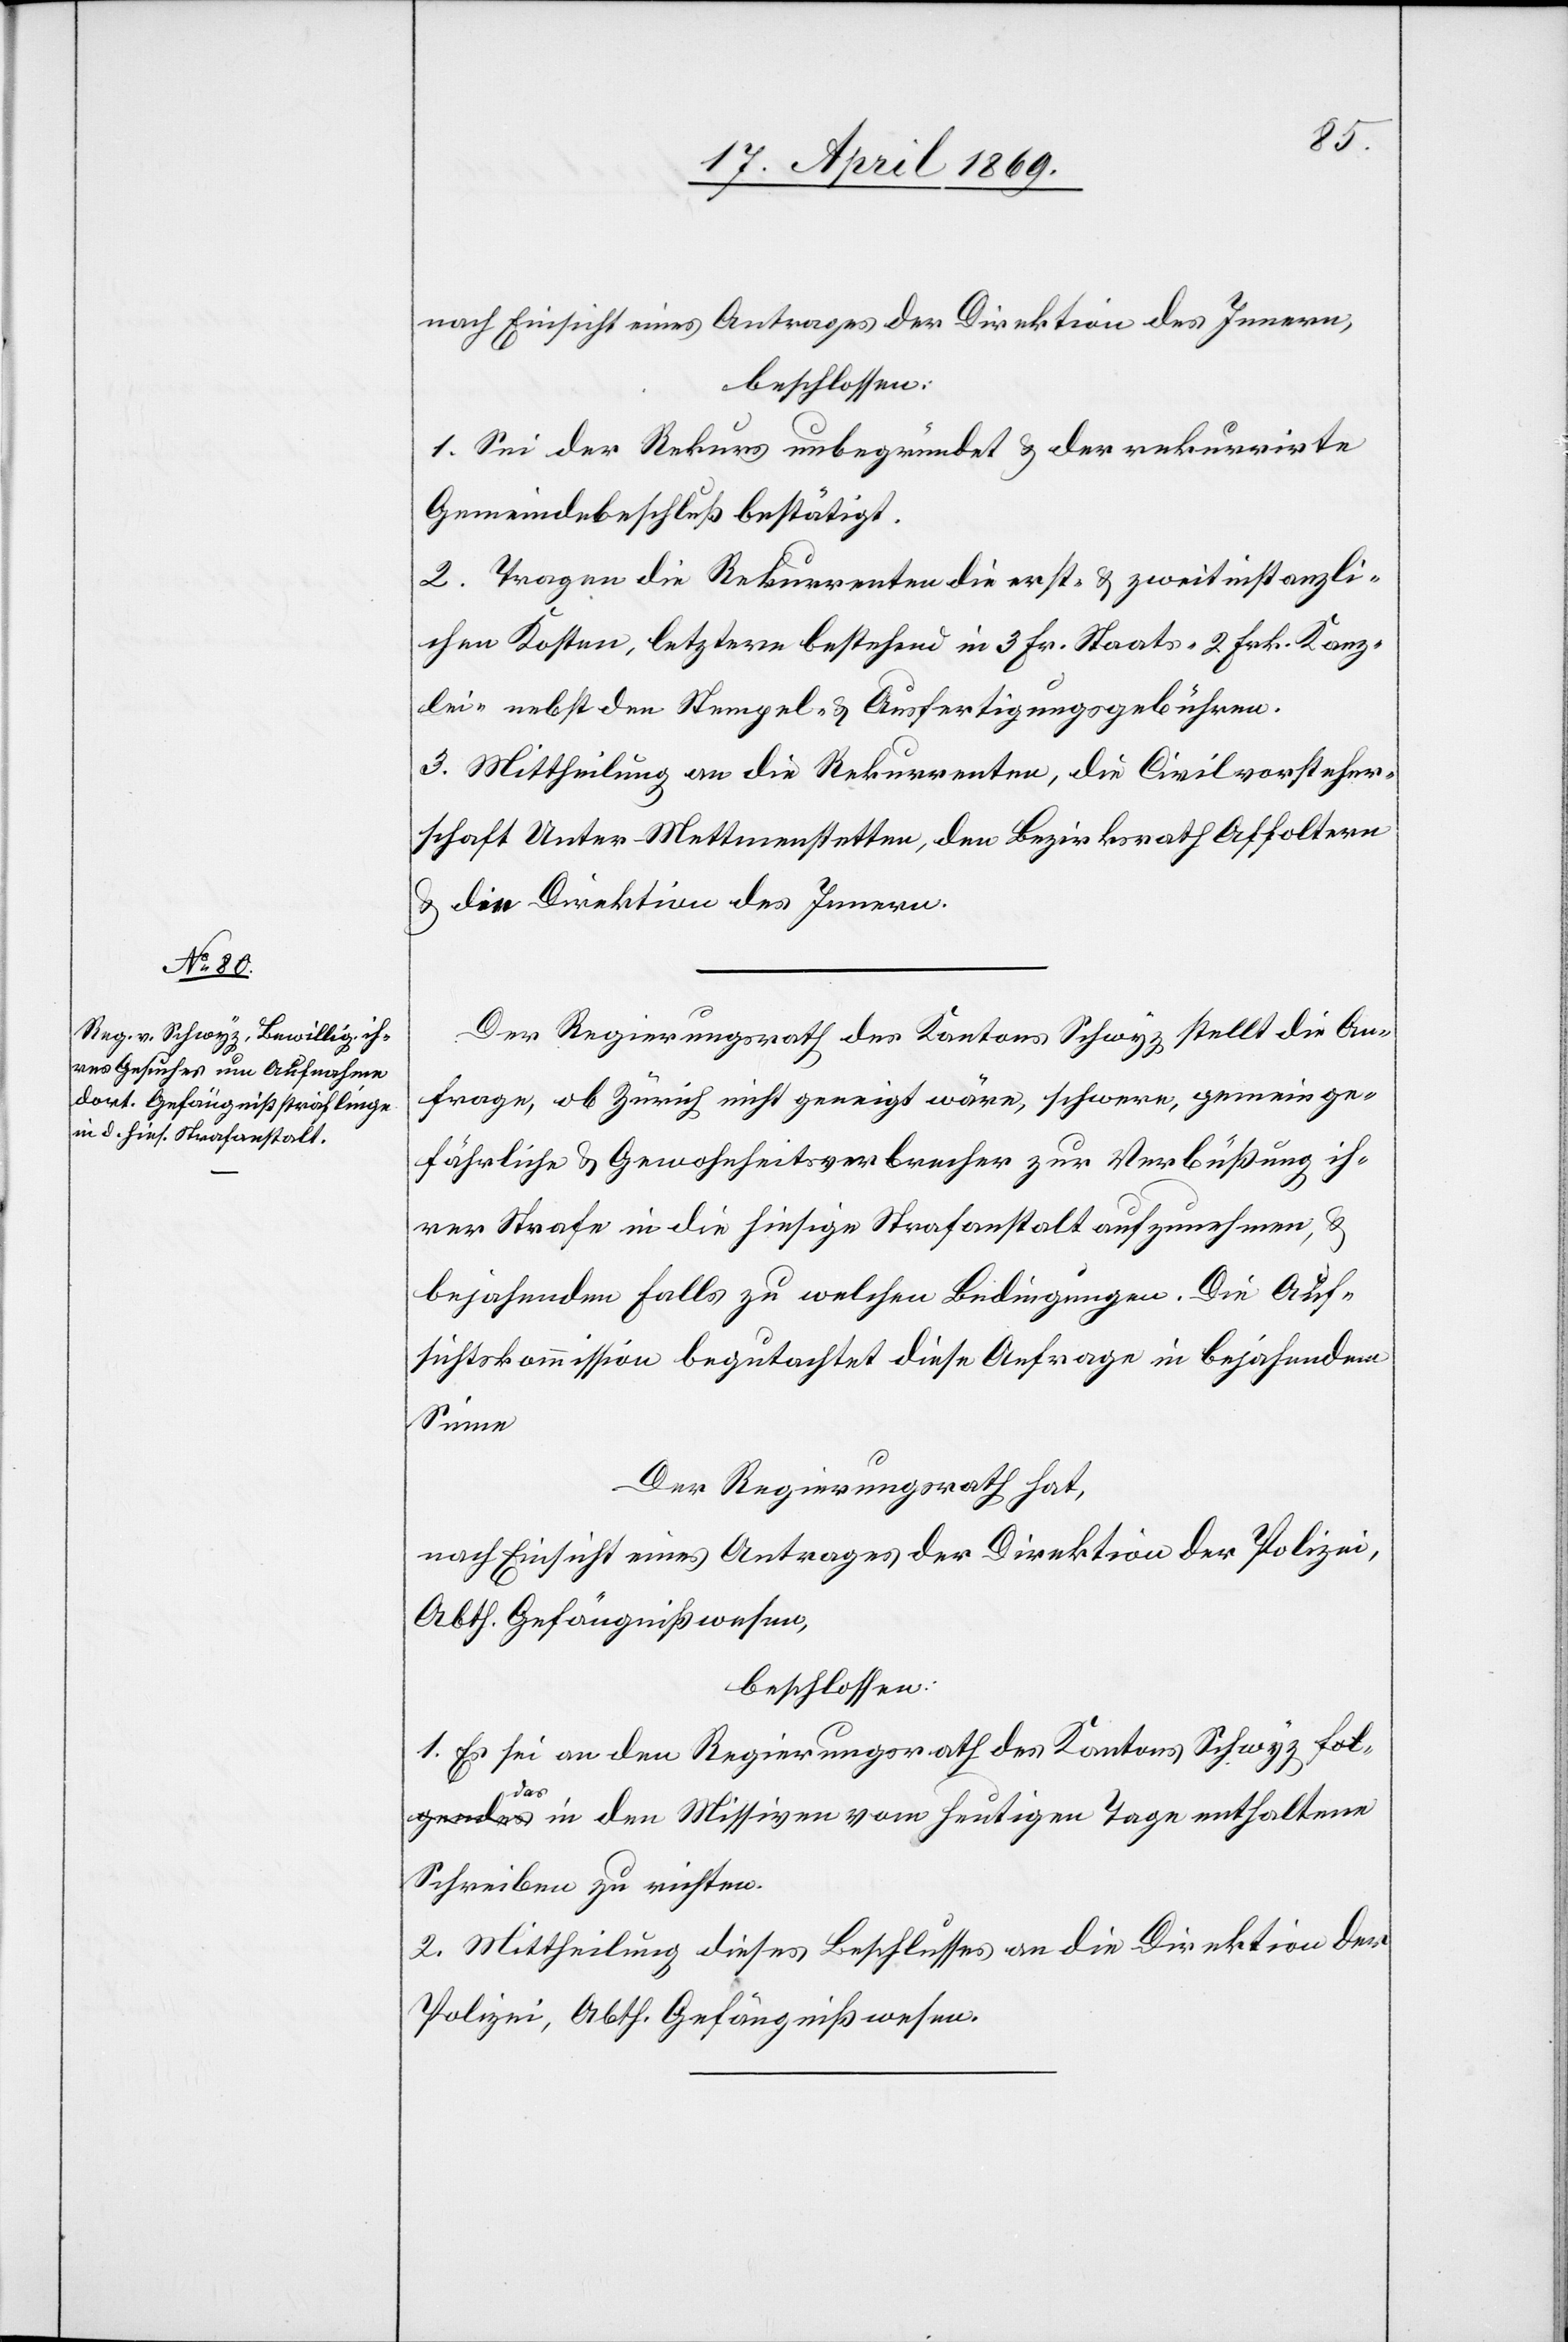
nach Einsicht eines Antrages der Direktion des Innern,
beschlossen:
1. Sei der Rekurs unbegründet u. der rekurrirte
Gemeindebeschluß bestätigt.
2. Tragen die Rekurrenten die erst- u. zweitinstanzli¬
chen Kosten, letztere bestehend in 3 Fr. Staats-[,] 2 Frk. Kanz¬
lei- nebst den Stempel- u. Ausfertigungsgebühren.
3. Mittheilung an die Rekurrenten, die Civilvorsteher¬
schaft Unter-Mettmenstetten, den Bezirksrath Affoltern
u. die Direktion des Innern.
Der Regierungsrath des Kantons Schwyz, stellt die An¬
frage, ob Zürich nicht geneigt wäre, schwere, gemeinge¬
fährliche u. Gewohnheitsverbrecher zur Verbüßung ih¬
rer Strafe in die hiesige Strafanstalt aufzunehmen, u.
bejahenden Falls zu welchen Bedingungen. Die Auf¬
sichtskommission begutachtet diese Anfrage in bejahendem
Sinne
Der Regierungsrath hat,
nach Einsicht eines Antrages der Direktion der Polizei,
Abth. Gefängnißwesen,
beschlossen:
1. Es sei an den Regierungsrath des Kantons Schwyz, da¬
s in den Missiven vom heutigen Tage enthaltene
Schreiben zu richten.
2. Mittheilung dieses Beschlusses an die Direktion der
Polizei, Abth. Gefängnißwesen.